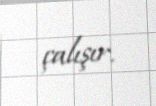
çalışır.